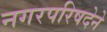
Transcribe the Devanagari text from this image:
नगरपरिषदेने